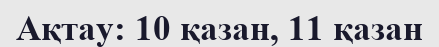
Ақтау: 10 қазан, 11 қазан